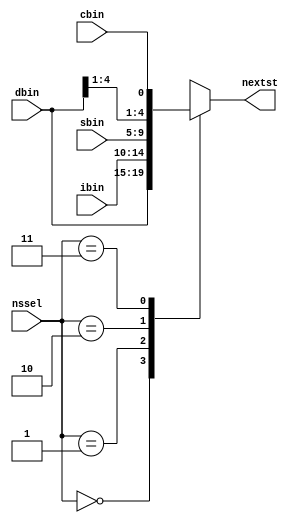
`timescale 1ns / 1ps
//////////////////////////////////////////////////////////////////////////////////
// Company: 
// Engineer: 
// 
// Design Name: 
// Module Name: nslogic
// Project Name: 
// Target Devices: 
// Tool Versions: 
// Description: 
// 
// Dependencies: 
// 
// Revision:
// Revision 0.01 - File Created
// Additional Comments:
// 
//////////////////////////////////////////////////////////////////////////////////


module nslogic (ibin, sbin, dbin, cbin, nssel, nextst);
input [4:0] ibin, sbin, dbin;	//ibin, sbin come from the decoder and dbin from the control word
input cbin;	//cbin comes from execution unit : true if alu output = 0
input [1:0] nssel;	//comes from the control word : next state selection control bits
output [4:0] nextst;	//next state output : computed by next state logic
reg [4:0] nextst;

always@(*)
case (nssel)
2 'b00: nextst = dbin; 	//selects as next state the direct branch address supplied by the control word 
2 'b01: nextst = ibin;	//selects as next state the ib output from the instruction decoder
2 'b10: nextst = sbin;	//selects as next state the sb output from the instruction decoder
2 'b11: nextst = {dbin[4:1], cbin};	//conditional branch on zero alu output : by bit stuffing
default: $display ("%m: undefined next state");
endcase
endmodule